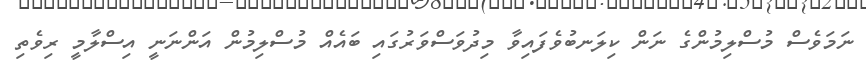
ނަމަވެސް މުސްލިމުންގެ ނަން ކިލަނބުވެފައިވާ މިދުވަސްވަރުގައި ބައެއް މުސްލިމުން އަންނަނީ އިސްލާމީ ރިވެތި